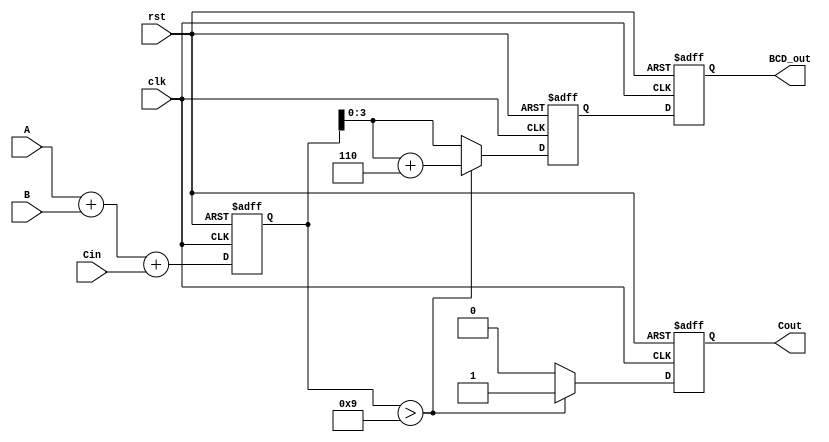
module BCD_Pipelined_Adder (
    input wire clk,          // Clock signal
    input wire rst,          // Reset signal
    input wire [3:0] A,      // First BCD digit
    input wire [3:0] B,      // Second BCD digit
    input wire Cin,          // Carry-in
    output reg [3:0] BCD_out, // BCD Result
    output reg Cout          // Carry-out
);
    // Intermediate signals
    reg [4:0] sum;           // 5-bit sum to accommodate carry
    reg [4:0] corrected_sum; // Corrected sum after BCD adjustment

    // Stage 1: Adder Stage
    always @(posedge clk or posedge rst) begin
        if (rst) begin
            sum <= 5'b00000;
        end else begin
            sum <= A + B + Cin; // Calculate sum of A, B and Cin
        end
    end

    // Stage 2: Correction Logic
    always @(posedge clk or posedge rst) begin
        if (rst) begin
            corrected_sum <= 5'b00000;
            Cout <= 1'b0;
        end else begin
            // Check if sum exceeds BCD limit
            if (sum > 5'd9) begin
                corrected_sum <= sum + 5'b00110; // Add 6 if BCD correction is needed
                Cout <= 1'b1; // Set carry-out if correction occurs
            end else begin
                corrected_sum <= sum; // No correction needed
                Cout <= 1'b0; // No carry-out if valid BCD
            end
        end
    end

    // Stage 3: Output Stage
    always @(posedge clk or posedge rst) begin
        if (rst) begin
            BCD_out <= 4'b0000; // Reset output
        end else begin
            BCD_out <= corrected_sum[3:0]; // Store the lower 4 bits as BCD output
        end
    end
endmodule